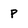
Character: P